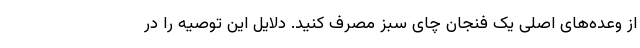
از وعده‌های اصلی یک فنجان چای سبز مصرف کنید. دلایل این توصیه را در